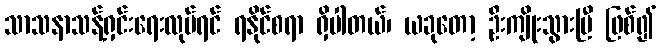
သာသနာသန့်ရှင်းရေးလုပ်ရင် ရနိုင်စရာ ရှိပါတယ်၊ ယခုတော့ ဦးကျိုးသွားပြီ ဖြစ်၍